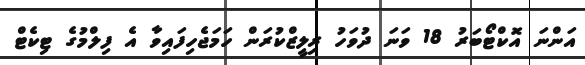
އަންނަ އޮކްޓޯބަރު 18 ވަނަ ދުވަހު ރިލީޒްކުރަން ހަމަޖެހިފައިވާ އެ ފިލްމުގެ ޓިކެޓް